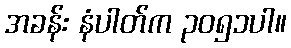
အခန်း နံပါတ်က ၃၀၅၁ပါ။